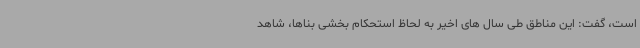
است، گفت: این مناطق طی سال های اخیر به لحاظ استحکام بخشی بناها، شاهد